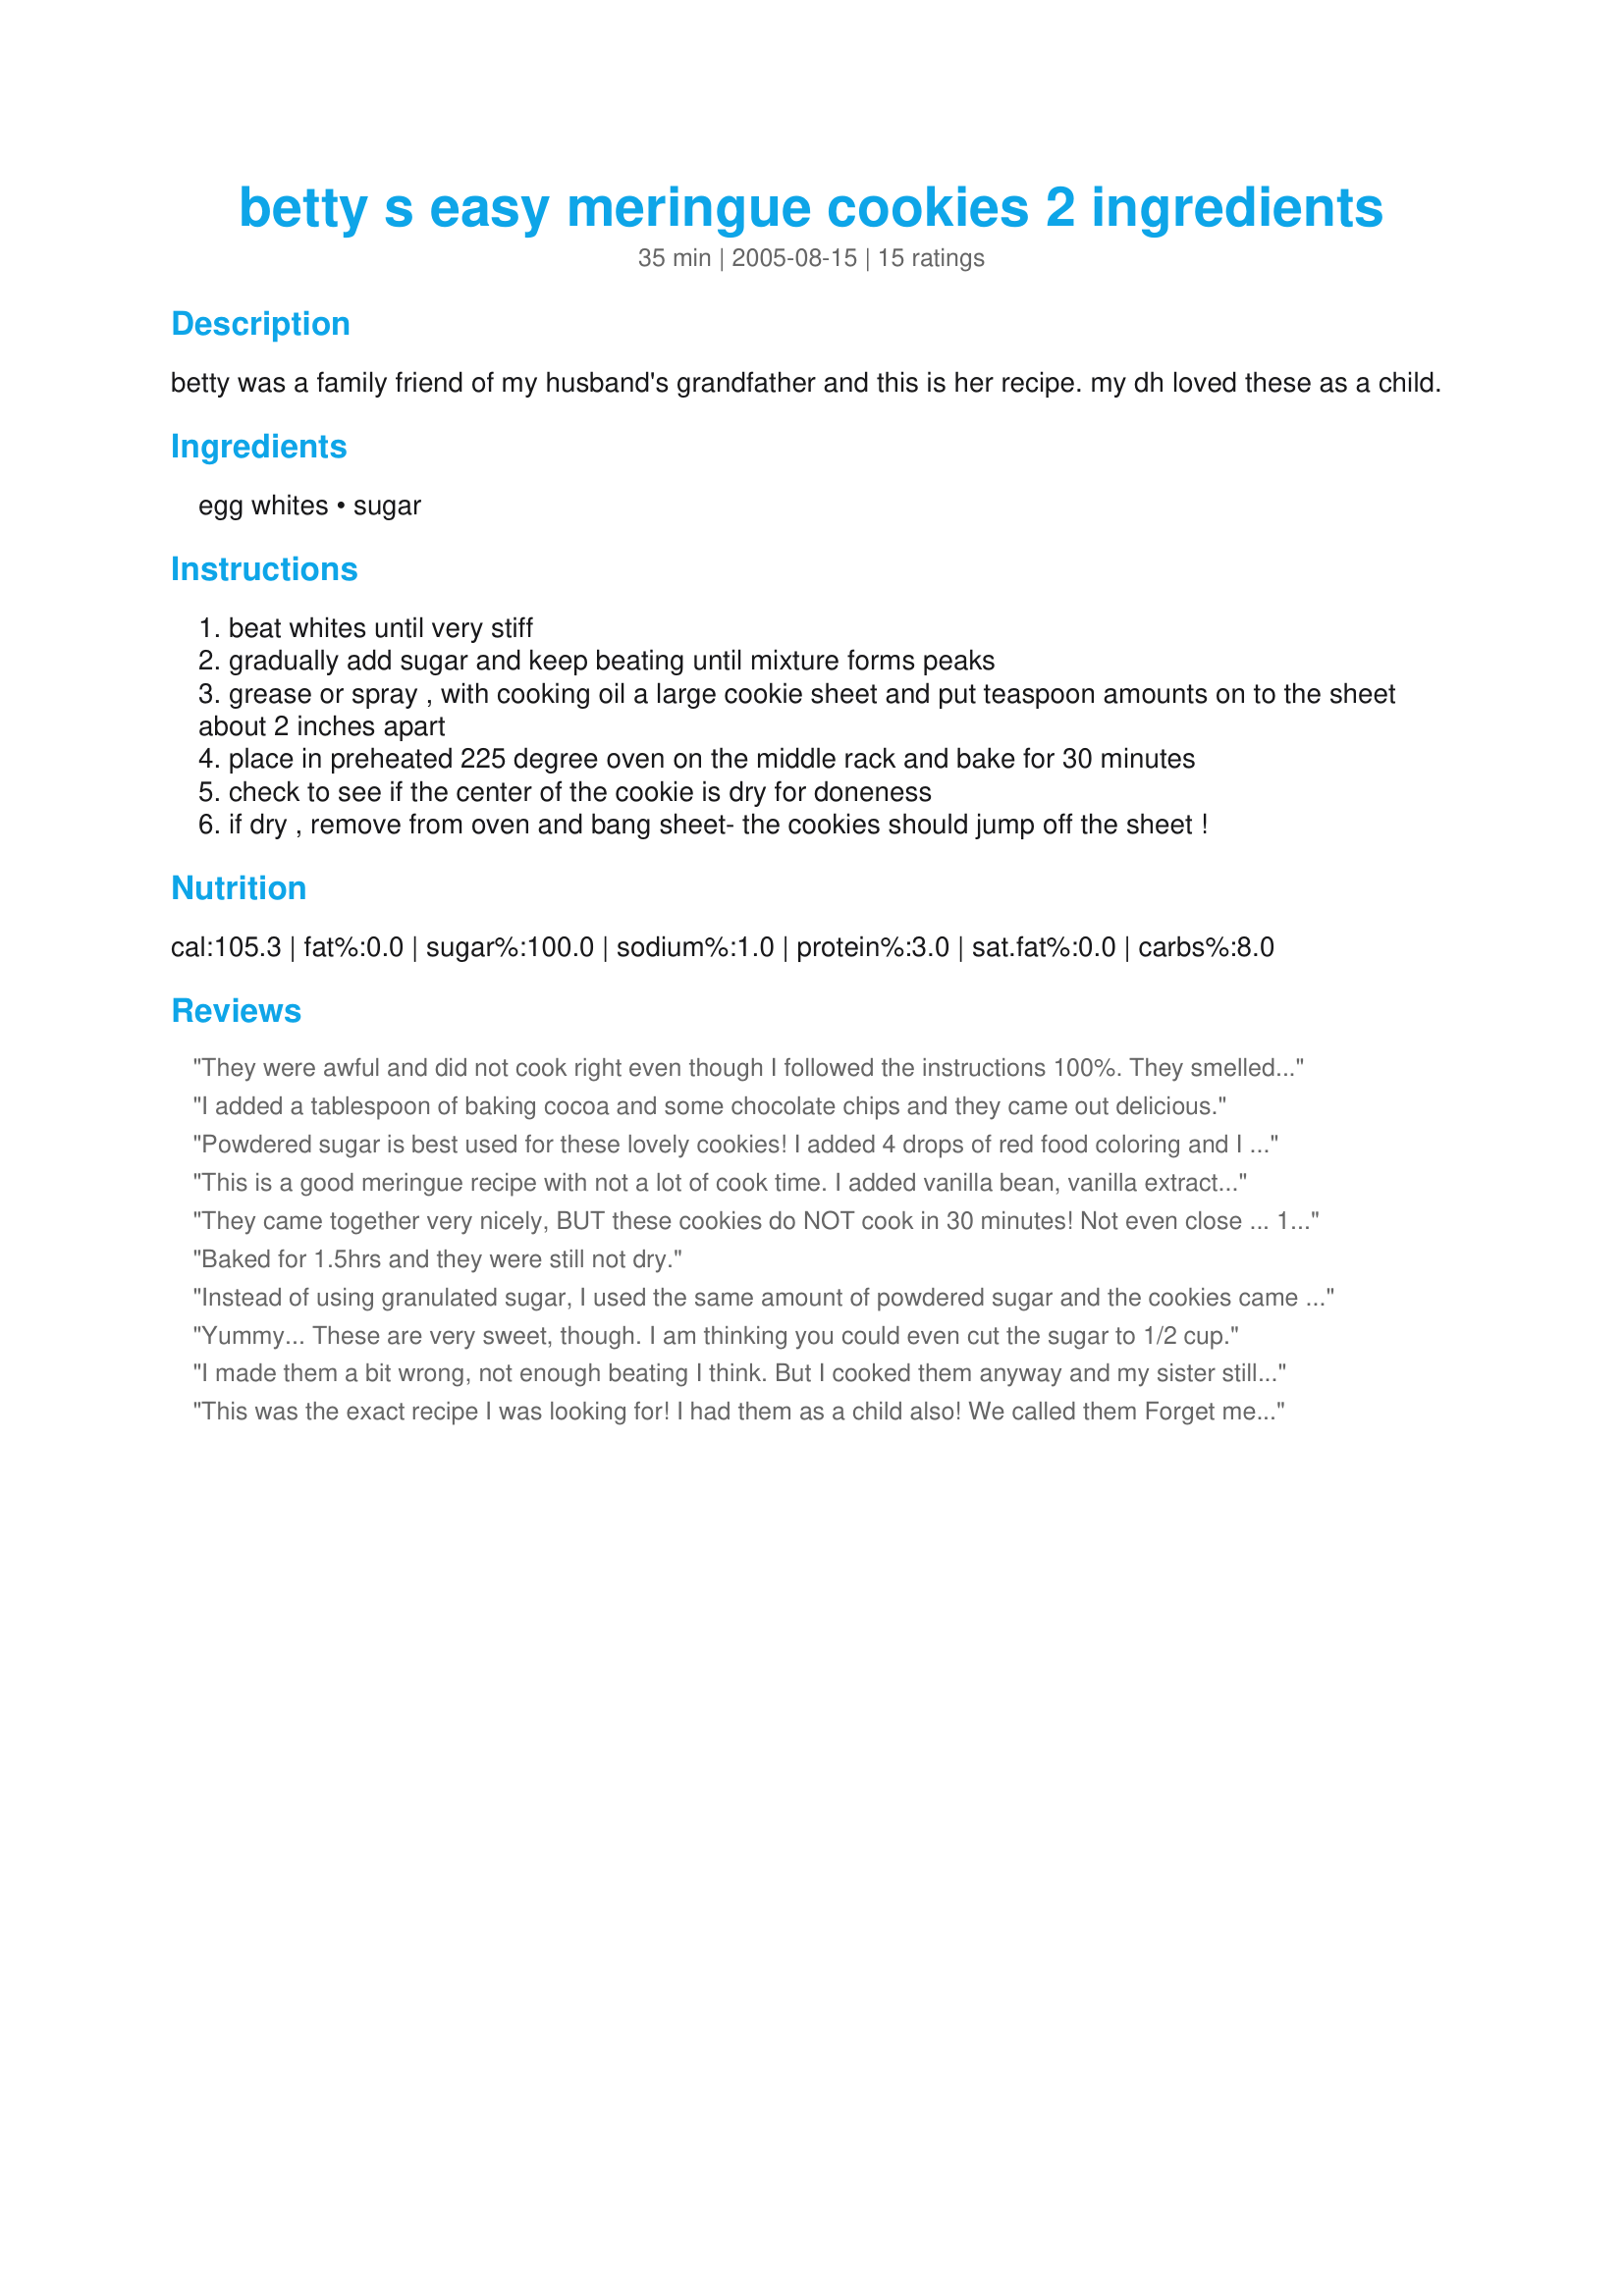
betty s easy meringue cookies 2 ingredients
Preparation time: 35 minutes

betty was a family friend of my husband's grandfather and this is her recipe. my dh loved these as a child.

Ingredients:
egg whites, sugar

Steps:
beat whites until very stiff
gradually add sugar and keep beating until mixture forms peaks
grease or spray , with cooking oil a large cookie sheet and put teaspoon amounts on to the sheet about 2 inches apart
place in preheated 225 degree oven on the middle rack and bake for 30 minutes
check to see if the center of the cookie is dry for doneness
if dry , remove from oven and bang sheet- the cookies should jump off the sheet !

Reviews:
They were awful and did not cook right even though I followed the instructions 100%. They smelled like egg and I felt like dying when I tried one. Spare yourself the time and the cleanup and go try another recipe.
I added a tablespoon of baking cocoa and some chocolate chips and they came out delicious.
Powdered sugar is best used for these lovely cookies! I added 4 drops of red food coloring and I had pretty pink clouds! :)
This is a good meringue recipe with not a lot of cook time. I added vanilla bean, vanilla extract, cream of tartar and salt, which made the meringue cookies taste even better. I piped them with a star tip. They looked and tasted great.
They came together very nicely, BUT these cookies do NOT cook in 30 minutes! Not even close ... 1 1/2 hours later and they were still not dry. I'm thinking they need at least 2 hours.... and my goodness, they are sweet!
Baked for 1.5hrs and they were still not dry.
Instead of using granulated sugar, I used the same amount of powdered sugar and the cookies came out even better
Yummy...

These are very sweet, though. I am thinking you could even cut the sugar to 1/2 cup.
I made them a bit wrong, not enough beating I think. But I cooked them anyway and my sister still loves them!
This was the exact recipe I was looking for! I had them as a child also! We called them Forget me not cookies!!
awesome recipe i used a spatula to splat the meringues on the wax paper and it came out AMAZING! thank you betty. now my whole family wants a batch of meringues stat!
We eat a lot of meringues here. Good basic recipe. I had a lot of trouble getting mine to the dry stage. Took a very long time baking and never quite got there. Now, we don't mind a slightly soft meringue so it was fine with me!
they did not turn out.....
Adding a bit of vanilla helps to dilute the sugary taste. Overall, it is delicious!
I was making this cooking for me and my family because we are lactose intolerant, and we loved them. I begged my mom to let me make them and of course, she said yes. When they were cooking she came up to the mixing bowl, swiped her finger across the inside, said i should do this, and she put her finger in her mouth. Overall they are great and delicious, but the recipe makes more than 6-8 servings and it took 42 minutes and 50 seconds not including cooling time.
